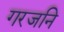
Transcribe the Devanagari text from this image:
गरजनि